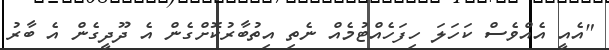
"އެއީ އެއްވެސް ކަހަލަ ހިފަހެއްޓުމެއް ނެތި އިތުބާރުކޮށްގެން އެ ދޫދީގެން އެ ބާރު